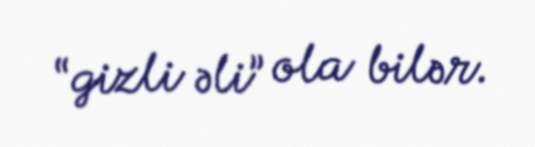
“gizli əli” ola bilər.